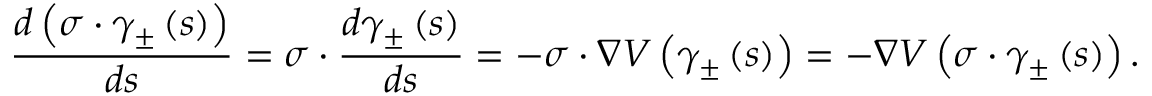
\frac { d \left( \sigma \cdot \gamma _ { \pm } \left( s \right) \right) } { d s } = \sigma \cdot \frac { d \gamma _ { \pm } \left( s \right) } { d s } = - \sigma \cdot \nabla V \left( \gamma _ { \pm } \left( s \right) \right) = - \nabla V \left( \sigma \cdot \gamma _ { \pm } \left( s \right) \right) .